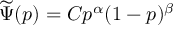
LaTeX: \widetilde { \Psi } ( p ) = C p ^ { \alpha } ( 1 - p ) ^ { \beta }